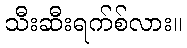
သီးဆီးရက်စ်လား။